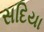
સદિયા